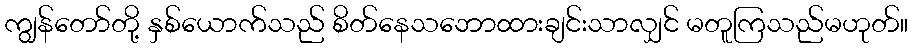
ကျွန်တော်တို့ နှစ်ယောက်သည် စိတ်နေသဘောထားချင်းသာလျှင် မတူကြသည်မဟုတ်။